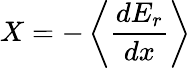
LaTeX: X=-\left\langle{\frac{dE_{r}}{dx}}\right\rangle